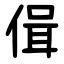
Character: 偮